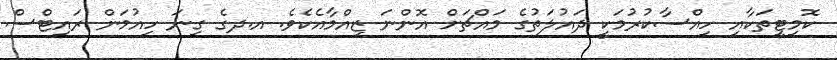
ކޮމިޓީތަކާއި ހިއްސާކުރުމަކީ ދައުލަތުގެ މައްޗަށް އޮންނަ ޒިއްމާއެކެވެ. އ.ދގެ ގިނަ ހިއުމަން ރައިޓްސް